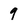
Character: 9